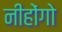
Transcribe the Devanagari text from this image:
नीहोंगो